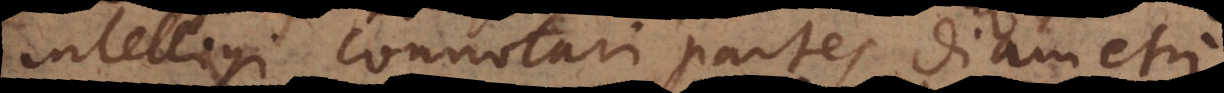
intelligi connotari partes diametr